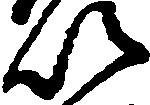
以